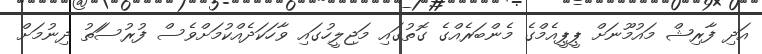
އަދި ފާރިޝް މައުމޫނަށް ޕީޕީއެމްގެ މެންބަރެއްގެ ގޮތުގައި މަޖިލީހުގައި ވާހަކަދެއްކުމަށްވެސް ފުރުސަަތު ދިނުމަށް